Annual report on the lock hospitals of the Madras Presidency
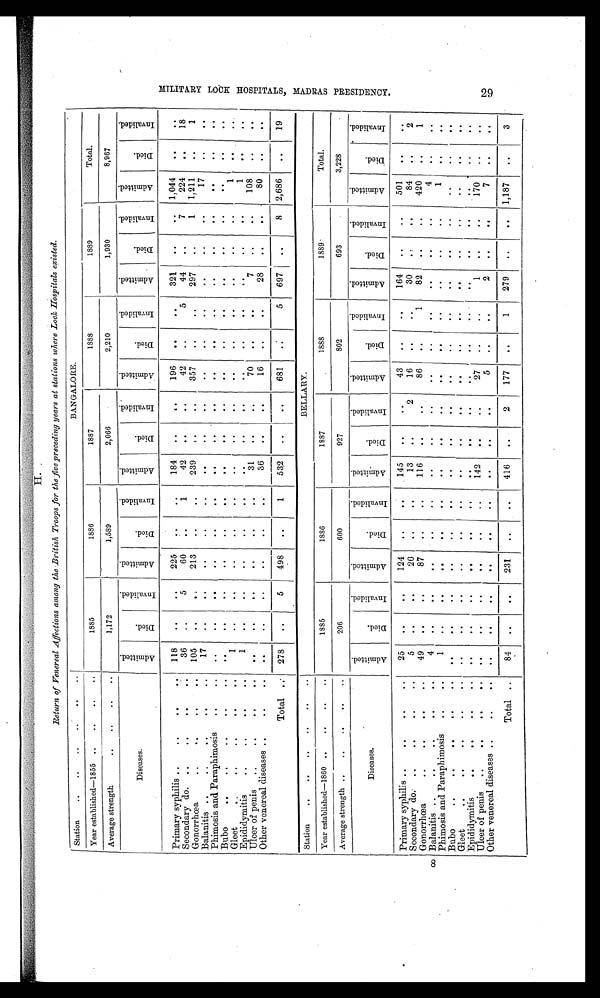
II.
Return of Venereal Affections among the British Troops for the five preceding years at stations where Lock Hospitals existed.
Station
. .
..
..
..
. .
..
BANGALORE.
Year established—1855
..
..
..
..
1885
1886
1887
1888
1889
Total.
Average strength
..
..
..
..
1,172
1,589
2,066
2,210
1,930
8,967
Diseases .
A d m i t t e d .
D i e d .
I n v a l i d e d .
A d m i t t e d .
D i e d .
I n v a l i d e d .
A d m i t t e d .
D i e d .
I n v a l i d e d .
A d m i t t e d .
D i e d .
I n v a l i d e d .
A d m i t t e d .
D i e d .
I n v a l i d e d .
A d m i t t e d .
D i e d .
I n v a l i d e d .
Primary syphilis ..
. .
. .
. .
118
. .
. .
225
. .
. . 184
..
. .
196
. .
. .
321
. .
..
1,044
. .
. .
Secondary do.
..
. .
. .
..
36
. .
5
60
. .
1
42
. .
. .
42
. .
5
44
. .
7
224
. .
18
Gonorrhœa
..
..
..
. .
105
. .
. .
213
..
. . 239
. .
. .
357
..
..
297
. .
1
1,211
..
1
Balanitis ..
..
..
. .
..
17 ..
..
. .
. .
..
. .
. .
. .
..
..
. .
. .
. .
. .
17
. .
. .
Phimosis and Paraphimosis
. .
..
..
. .
..
. .
. .
. . . .
. .
. .
. .
. .
. .
. .
. .
. .
. .
. .
. .
Bubo
. .
..
..
..
..
..
. .
..
. .
. .
. . . .
. .
. .
. .
. .
. .
. .
. .
. .
. .
. .
. .
Gleet
. .
. .
..
..
..
1
. .
. .
. .
. .
. . . .
. .
. .
. .
. .
. .
. .
. .
. .
1
. .
. .
Epididymitis
..
. .
. .
..
1
. .
. .
..
. .
. . . .
. .
. .
. .
. .
. .
. .
. .
. .
1
. .
Ulcer of penis
..
..
. .
..
. .
. .
..
..
. .
. . 31
. .
. .
70
. .
. .
7
..
. .
108
. .
. .
Other venereal diseases ..
. .
..
. .
. .
. .
. .
. .
. . 36
. .
. .
16
. .
. .
28
. .
. .
80
. .
. .
Total ..
278
. .
5
498
..
1
532
. .
..
681
. .
5
6 97
. .
8
2,686
. .
19
Station
. .
. .
. .
. .
..
. .
BELLARY.
Year established—1860 ..
..
. .
..
1885
1886
1887
1888
1889
Total.
Average strength ..
..
. .
..
..
206
600
927
802
693
3,228
Diseases.
A d m i t t e d .
D i e d .
I n v a l i d e d .
A d m i t t e d .
D i e d .
I n v a l i d e d .
A d m i t t e d .
D i e d .
I n v a l i d e d .
A d m i t t e d .
D i e d .
I n v a l i d e d .
A d m i t t e d .
D i e d .
Invalided.
A d m i t t e d .
D i e d .
I n v a l i d e d .
Primary syphilis ..
..
..
..
25
. .
.. .
124
. .
. .
145
. .
..
43
..
..
164
. .
..
501
. .
. .
Secondary do.
..
..
. .
..
5
. .
. .
20
. .
. .
13
. .
2
16
..
..
30
..
84
. .
2
Gonorrhœa
. .
. . ..
..
49
. .
..
87
..
. .
116
..
..
86
.. .
1
82
..
..
42
. .
1
Balanitis ..
. .
. . ..
..
4
..
. .
..
. .
. .
. .
..
. .
. .
..
. .
. .
. .
..
4
. .
Phimosis and Paraphimosis
..
..
1 ..
. .
. .
. .
. .
. .
. .
. .
. .
..
. .
. .
. .
. .
1
. .
. .
Bubo
. .
. .
. .
. .
..
. .
..
. .
. .
. .
. .
. .
. .
. .
. .
..
. .
. .
. .
..
. .
. .
. .
Gleet
. .
. .
..
. .
..
. .
. .
. .
. .
. .
. .
. .
. .
..
..
. .
. .
. .
. .
. .
. .
Epididymitis
. .
. .
. .
..
. .
. .
. .
. .
. .
. .
. .
. .
. .
. .
..
. .
. .
..
. .
. .
. .
Ulcer of penis
..
. .
. .
..
. .
. .
. .
. .
. .
. .
142
. .
..
27
..
..
1
. .
..
170
. .
. .
Other venereal diseases ..
. .
..
. .
. .
. .
. .
. .
. .
. .
. .
. .
5
. .
. .
2
. .
..
7
. .
. .
Total ..
84
. .
. .
231
. .
. .
416
. . 2
177
..
1
279
..
..
1,187
. .
3
M I L I T A R Y L O C K H O S P I T A L S , M A D R A S P R E S I D E N C Y . .
29